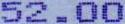
52.00